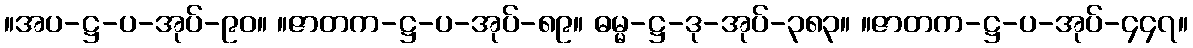
။အပ-ဋ္ဌ-ပ-အုပ်-၉၀။ ။ဇာတက-ဋ္ဌ-ပ-အုပ်-၈၉။ ဓမ္မ-ဋ္ဌ-ဒု-အုပ်-၃၈၃။ ။ဇာတက-ဋ္ဌ-ပ-အုပ်-၄၄၇။